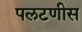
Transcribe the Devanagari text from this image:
पलटणीस